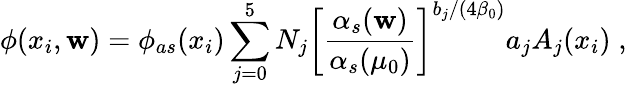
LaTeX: \phi(x_{i},\mathbf{w})=\phi_{as}(x_{i})\sum_{j=0}^{5}N_{j}\left[\frac{{\alpha_{s}(\mathbf{w})}}{{\alpha_{s}(\mu_{0})}}\right]^{b_{j}/(4\beta_{0})}a_{j}A_{j}(x_{i})\; ,